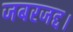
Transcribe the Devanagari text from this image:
जबरजद्द।